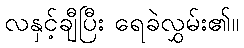
လနှင့်ချီပြီး ရေခဲလွှမ်း၏။